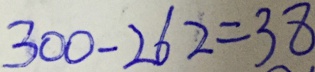
3 0 0 - 2 6 2 = 3 8